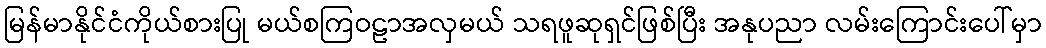
မြန်မာနိုင်ငံကိုယ်စားပြု မယ်စကြဝဠာအလှမယ် သရဖူဆုရှင်ဖြစ်ပြီး အနုပညာ လမ်းကြောင်းပေါ်မှာ